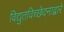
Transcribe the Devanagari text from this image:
विद्युतविच्छेदनाद्वारे